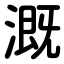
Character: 溉